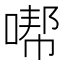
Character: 𱓮